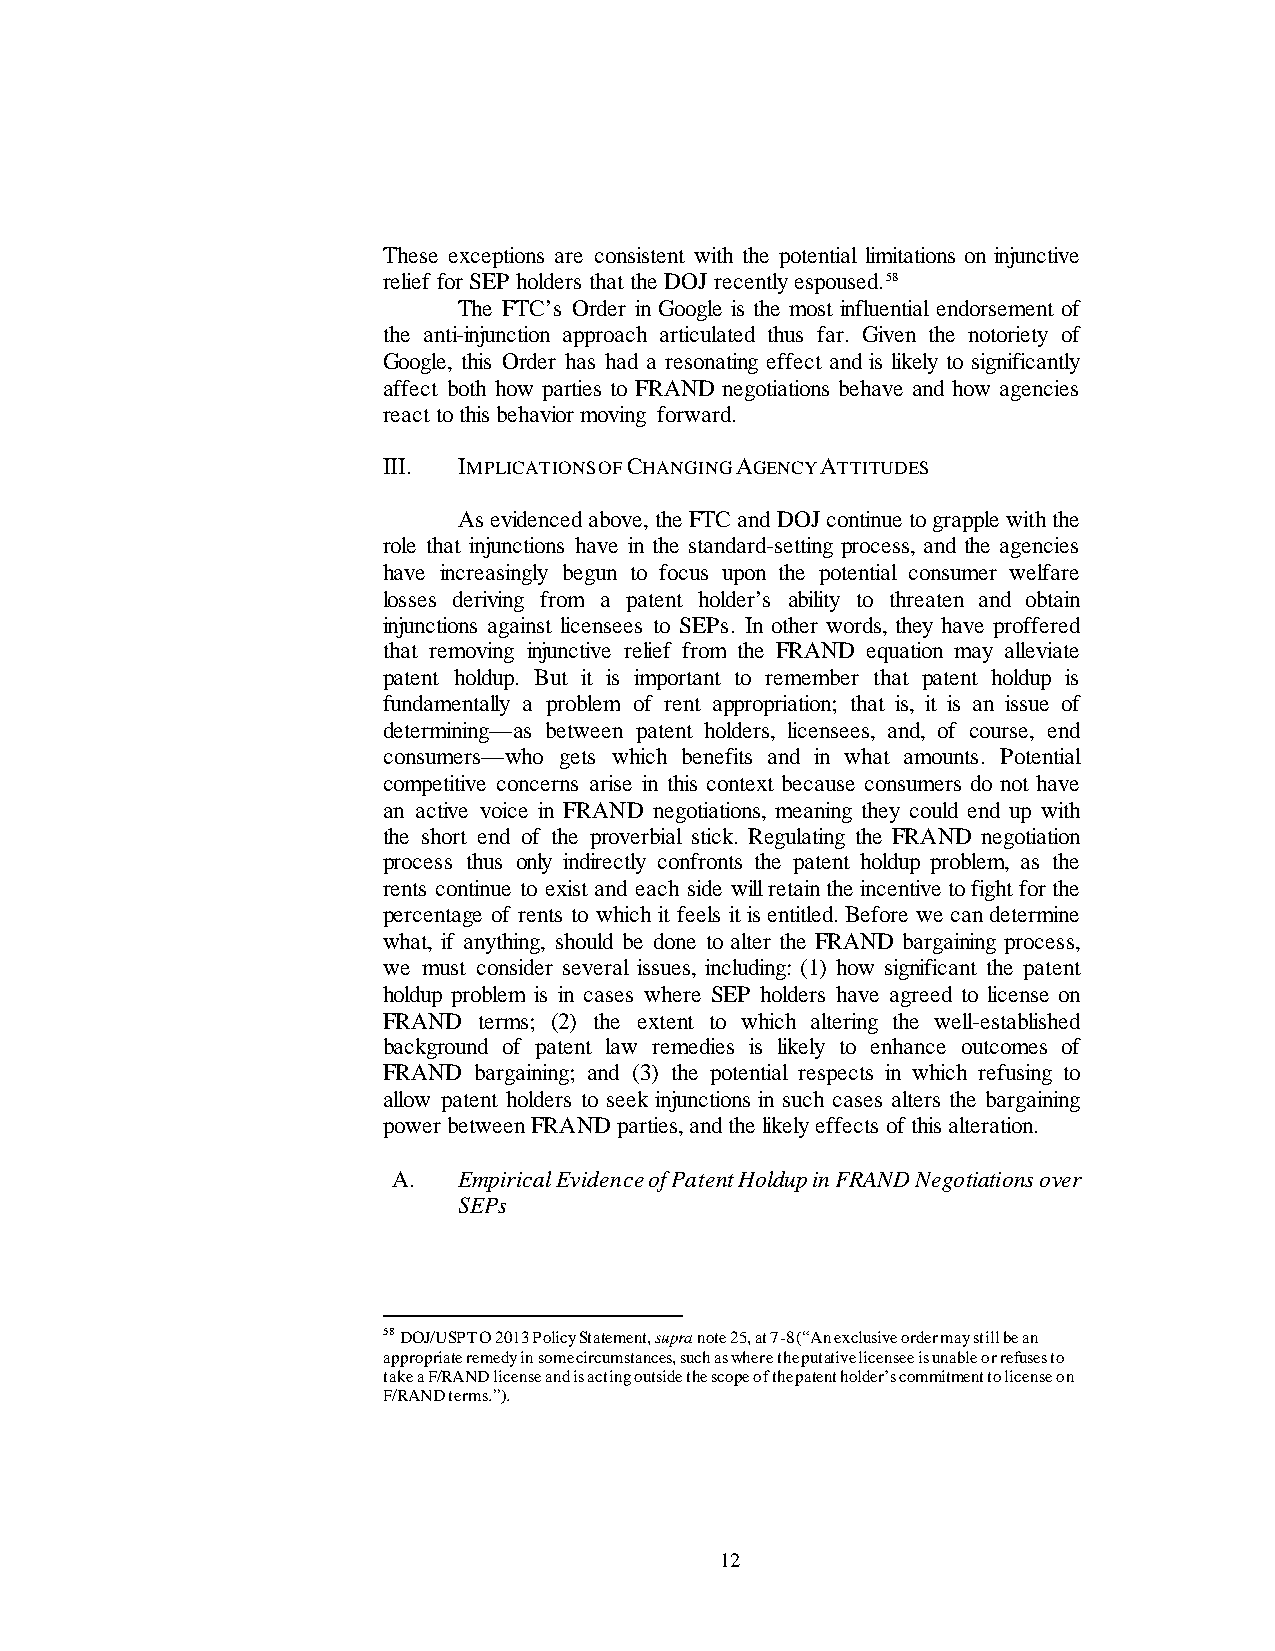
These exceptions are consistent with the potential limitations on injunctive
 relief for SEP holders that the DOJ recently espoused.58
 The FTC’s Order in Google is the most influential endorsement of
 the anti-injunction approach articulated thus far. Given the notoriety of
 Google, this Order has had a resonating effect and is likely to significantly
 affect both how parties to FRAND negotiations behave and how agencies
 react to this behavior moving forward.
 III. IMPLICATIONS OF CHANGING AGENCY ATTITUDES
 As evidenced above, the FTC and DOJ continue to grapple with the
 role that injunctions have in the standard-setting process, and the agencies
 have increasingly begun to focus upon the potential consumer welfare
 losses deriving from a patent holder’s ability to threaten and obtain
 injunctions against licensees to SEPs. In other words, they have proffered
 that removing injunctive relief from the FRAND equation may alleviate
 patent holdup. But it is important to remember that patent holdup is
 fundamentally a problem of rent appropriation; that is, it is an issue of
 determining—as between patent holders, licensees, and, of course, end
 consumers—who gets which benefits and in what amounts. Potential
 competitive concerns arise in this context because consumers do not have
 an active voice in FRAND negotiations, meaning they could end up with
 the short end of the proverbial stick. Regulating the FRAND negotiation
 process thus only indirectly confronts the patent holdup problem, as the
 rents continue to exist and each side will retain the incentive to fight for the
 percentage of rents to which it feels it is entitled. Before we can determine
 what, if anything, should be done to alter the FRAND bargaining process,
 we must consider several issues, including: (1) how significant the patent
 holdup problem is in cases where SEP holders have agreed to license on
 FRAND  terms; (2) the extent to which altering the well-established
 background of patent law remedies is likely to enhance outcomes of
 FRAND bargaining; and (3) the potential respects in which refusing to
 allow patent holders to seek injunctions in such cases alters the bargaining
 power between FRAND parties, and the likely effects of this alteration.
 A.  Empirical Evidence of Patent Holdup in FRAND Negotiations over
 SEPs
 58 DOJ/USPTO 2013 Policy Statement, supra note 25, at 7-8 (“An exclusive order may still be an
 appropriate remedy in some circumstances, such as where the putative licensee is unable or refuses to
 take a F/RAND license and is acting outside the scope of the patent holder’s commitment to license on
 F/RAND terms.”).
 12